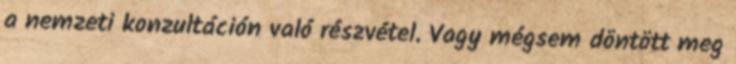
a nemzeti konzultáción való részvétel. Vagy mégsem döntött meg